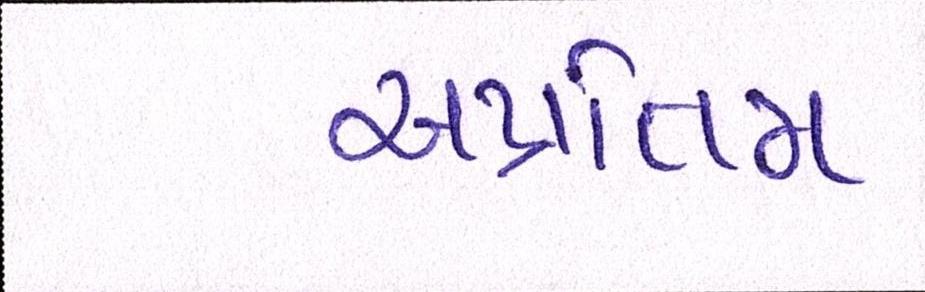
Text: અપ્રતિમ